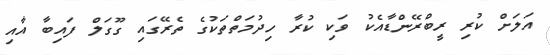
އަލަށް ކުރި ރީބްރޭންޑާއެކު ވަކި ކުރާ ހިދުމަތްތަކުގެ ތެރޭގައި ގޫގަލް ފައިބާ އާއި